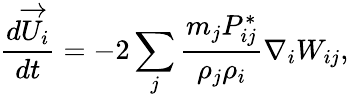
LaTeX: \frac{d\overrightarrow{U}_{i}}{dt}=-2\sum_{j}\frac{m_{j}P_{ij}^{*}}{\rho_{j}\rho_{i}}\nabla_{i}W_{ij},